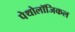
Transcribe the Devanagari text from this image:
पेथोलॉजिकल